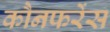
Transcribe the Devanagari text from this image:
कौनफरेंस